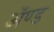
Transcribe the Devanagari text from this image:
ॲण्‍ड